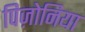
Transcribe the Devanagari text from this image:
पिज़ोनिया